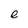
Character: e